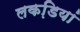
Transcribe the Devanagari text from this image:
लकडि़यां